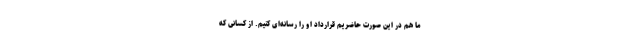
ما هم در این صورت حاضریم قرارداد او را رسانه‌ای کنیم. از کسانی که